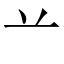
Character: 䒑